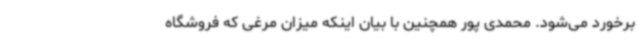
برخورد می‌شود. محمدی پور همچنین با بیان اینکه میزان مرغی که فروشگاه